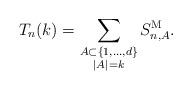
LaTeX: \begin{align*} T_n(k) =\sum\limits_{\substack{A \subset \{1, \dots, d\} \\ |A|=k }} S_{n,A}^{\rm M} .\end{align*}